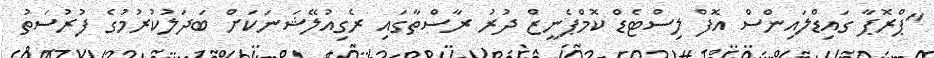
"ޕްރޮޕާ ގައިޑްލައިންސް އޮފް ލިސްޓެޑް ކޮމްޕެނީޒް ދުރު ރާސްތާގައި ރެގިއުލޭޝަނަކަށް ބަދަލުކުރުމުގެ ފުރުސަތު